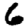
Digit: 6